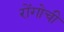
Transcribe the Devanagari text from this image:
रोंगोची